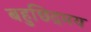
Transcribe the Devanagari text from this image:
बहुछिद्रमय